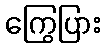
ကြွေပြား